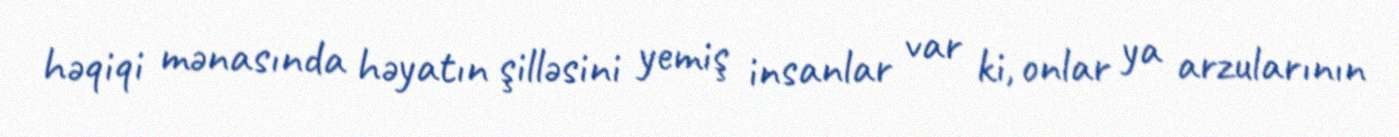
həqiqi mənasında həyatın şilləsini yemiş insanlar var ki, onlar ya arzularının